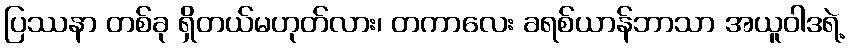
ပြဿနာ တစ်ခု ရှိတယ်မဟုတ်လား၊ တကာလေး ခရစ်ယာန်ဘာသာ အယူဝါဒရဲ့